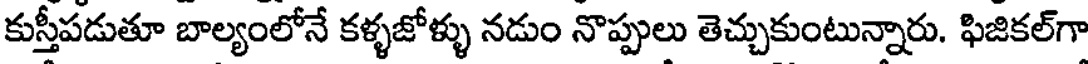
కుస్తీపడుతూ బాల్యంలోనే కళ్ళజోళ్ళు నడుం నొప్పులు తెచ్చుకుంటున్నారు. ఫిజికల్గా